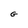
Character: G